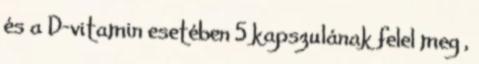
és a D-vitamin esetében 5 kapszulának felel meg ,